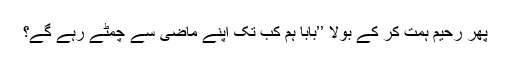
پھر رحیم ہمت کر کے بولا ’’بابا ہم کب تک اپنے ماضی سے چمٹے رہے گے؟